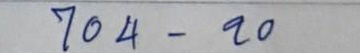
704 - 20